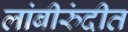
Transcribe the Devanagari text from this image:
लांबीरुंदीत